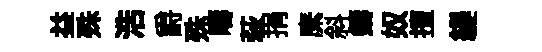
益殊浩爵殊疇萩捐縻斜鑄奴擅緹